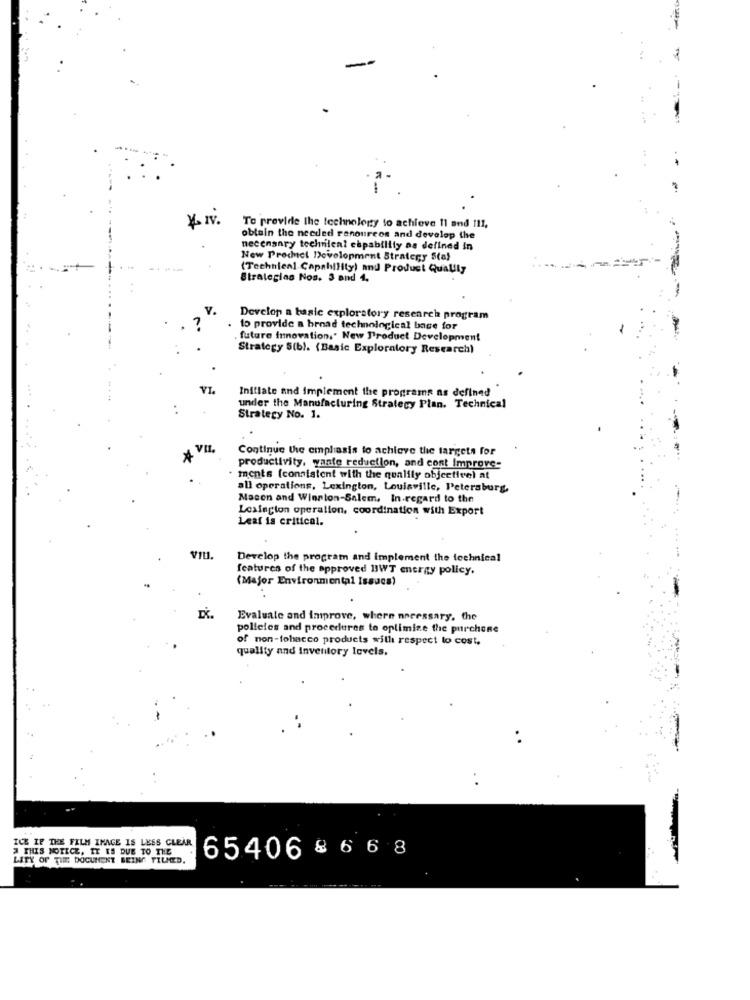
4 IV.
To provide the technology to achieve 11 and 111,
obtain the needed renoureos and develop the
necenaary technien? chpability as defined in
New Prochicl Development Strategy Stal
(Technical Capability) and Product Quality
Strategias Nos. 3 and 4,
Develop a basic explorstory research program
. to provide a broad technological base for
. future Innovation," New Product Development
Strategy 5(b). (Basic Exploratory Research)
Initiate and implement the programs as defined
under the Manufacturing Strategy Plan. Technical
Strategy No. 1.
Continue the emphasis to achieve the targets for
productivity, yante reduction, and cont Improve-
ments (consistent with the goalily objective) at
all operations, Lexington, Louisville, Petersburg,
Mocen and Winnion-Salem. In regard to the
Lexington operation, coordination with Export
Leaf is critical.
VIL.
Develop the program and Implement the technical
features of the approved 13WT energy policy.
(Major Environmental Issues)
Evaluate and improve, where necessary. the
policies and procedures to optimize the purchone
of non-tobacco products with respect to cost,
quality and Inventory levels.
ICE IF THE FILM IMAGE IS LESS CLEAR
# THIS NOTICE, IY ES DUE TO THE
LITY OF THE DOCUMENT BEING TILMED.
65406 8 6 6 8